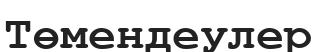
Төмендеулер